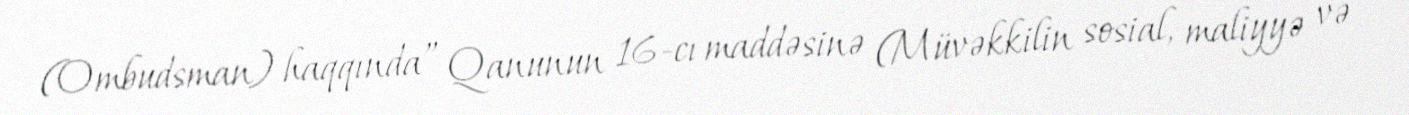
(Ombudsman) haqqında” Qanunun 16-cı maddəsinə (Müvəkkilin sosial, maliyyə və